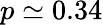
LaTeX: p\simeq 0.34